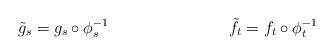
LaTeX: \begin{align*}\tilde{g}_s = g_s\circ \phi_s^{-1} & & \tilde{f}_t = f_t\circ \phi_t^{-1}\end{align*}